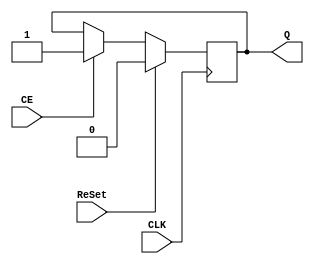
`timescale 1ns / 1ps
module Flip_Flop_FDCE(CLK,CE,ReSet,Q);

input CLK,CE,ReSet;
output reg Q;

always@(posedge CLK)
	begin
		if(ReSet == 1'b1)
			Q = 1'b0;
		else if(CE == 1'b1)
			Q = 1'b1;
	end
endmodule